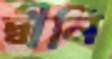
দ্বীনি